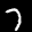
Label: 7